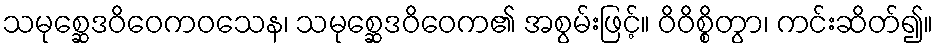
သမုစ္ဆေဒဝိဝေကဝသေန၊ သမုစ္ဆေဒဝိဝေက၏ အစွမ်းဖြင့်။ ဝိဝိစ္စိတွာ၊ ကင်းဆိတ်၍။